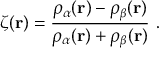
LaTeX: \zeta ( \mathbf { r } ) = { \frac { \rho _ { \alpha } ( \mathbf { r } ) - \rho _ { \beta } ( \mathbf { r } ) } { \rho _ { \alpha } ( \mathbf { r } ) + \rho _ { \beta } ( \mathbf { r } ) } } \ .